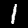
Label: 1